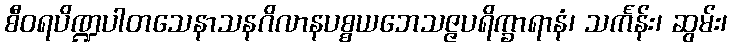
စီဝရပိဏ္ဍပါတသေနာသနဂိလာနပစ္စယဘေသဇ္ဇပရိက္ခာရာနံ၊ သင်္ကန်း၊ ဆွမ်း၊